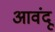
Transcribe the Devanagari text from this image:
आवंदू